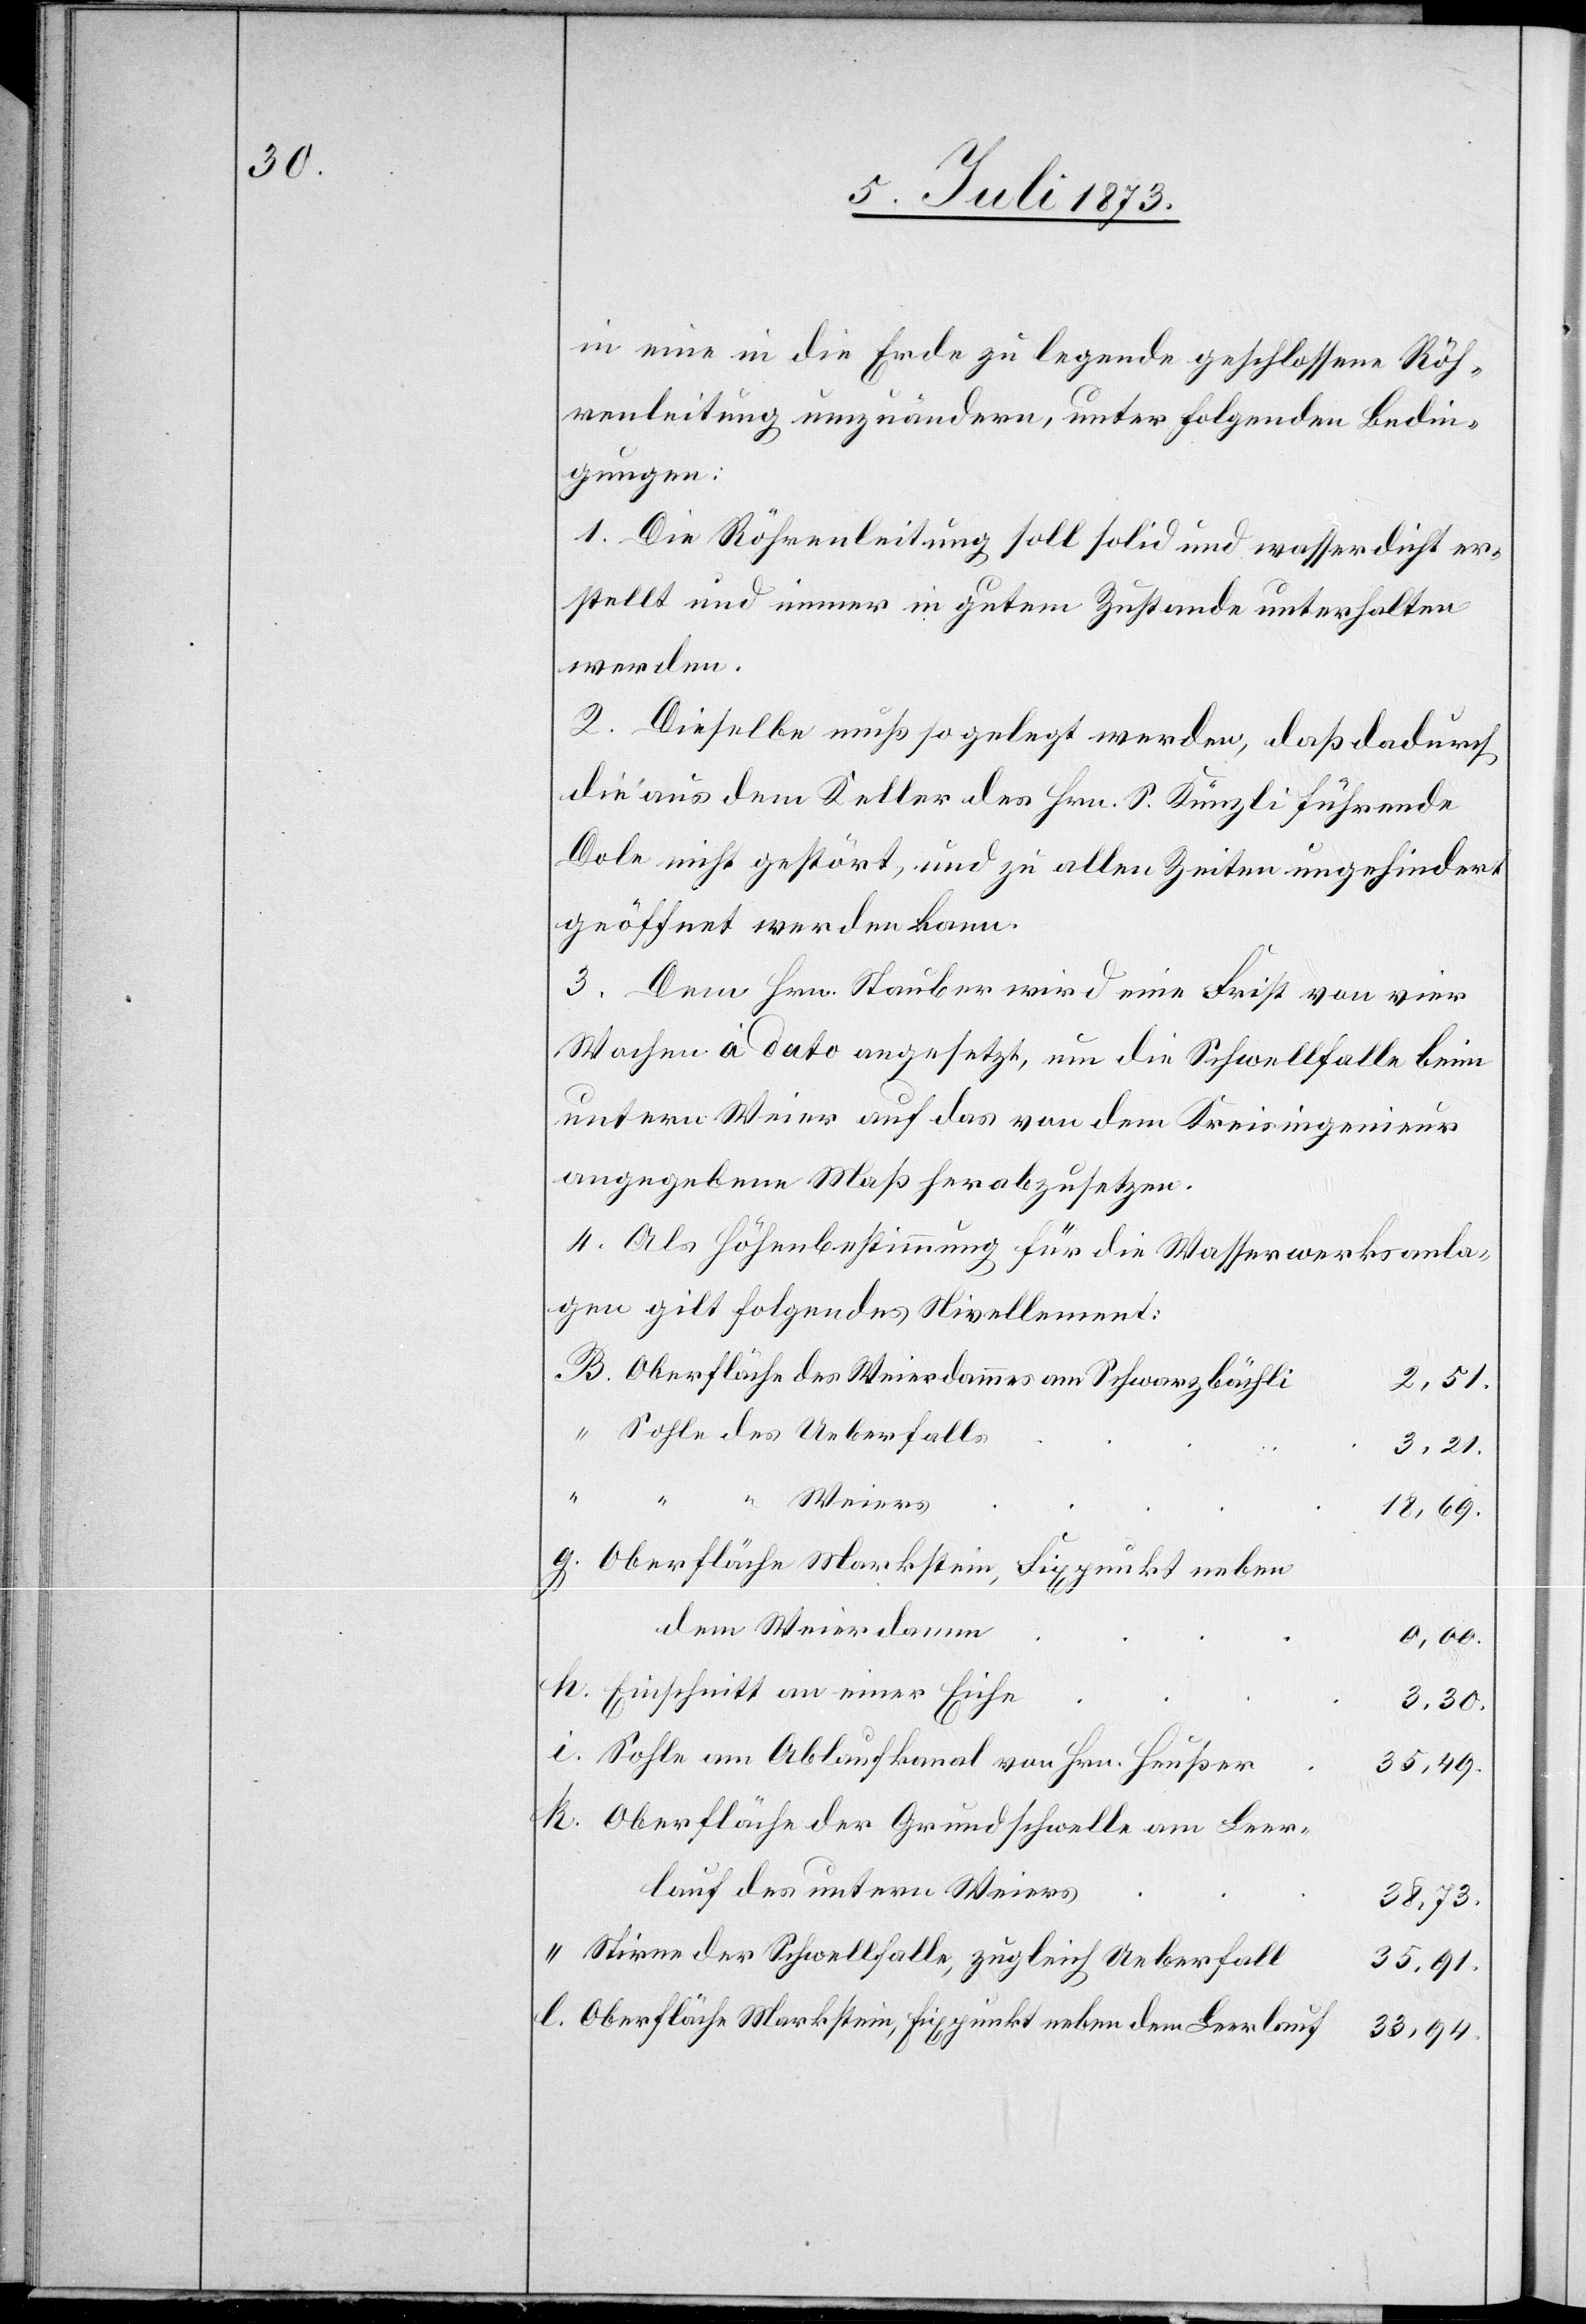
in eine in die Erde zu legende geschlossene Röh¬
renleitung umzuändern, unter folgenden Bedin¬
gungen:
1. Die Röhrenleitung soll solid und wasserdicht er¬
stellt und immer in gutem Zustande unterhalten
werden.
2. Dieselbe muß so gelegt werden, daß dadurch
die aus dem Keller des Hrn. S. Künzli führende
Dole nicht gestört, und zu allen Zeiten ungehindert
geöffnet werden kann.
3. Dem Hrn. Stauber wird eine Frist von vier
Wochen a dato angesetzt, um die Schwellfalle beim
untern Weier auf das von dem Kreisingenieur
angegebene Maß herabzusetzen.
4. Als Höhenbestimmung für die Wasserwerksanla¬
gen gilt folgendes Nivellement:
Oberfläche des Weierdammes am Schwarzbächli
2,51.
Sohle des Ueberfalls
3,21.
Weiers
18,69.
Oberfläche Markstein, Fixpunkt neben
dem Weierdamm
0,00.
Einschnitt an einer Eiche
3,30.
Sohle am Ablaufkanal von Hrn. Heußer
35,49.
Oberfläche der Grundschwelle am Leer¬
lauf des untern Weiers
38,73.
Stirne der Schwellfalle, zugleich Ueberfall
35,91.
Oberfläche Markstein, Fixpunkt neben dem Leerlauf
33,94.